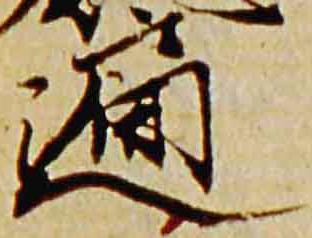
遍